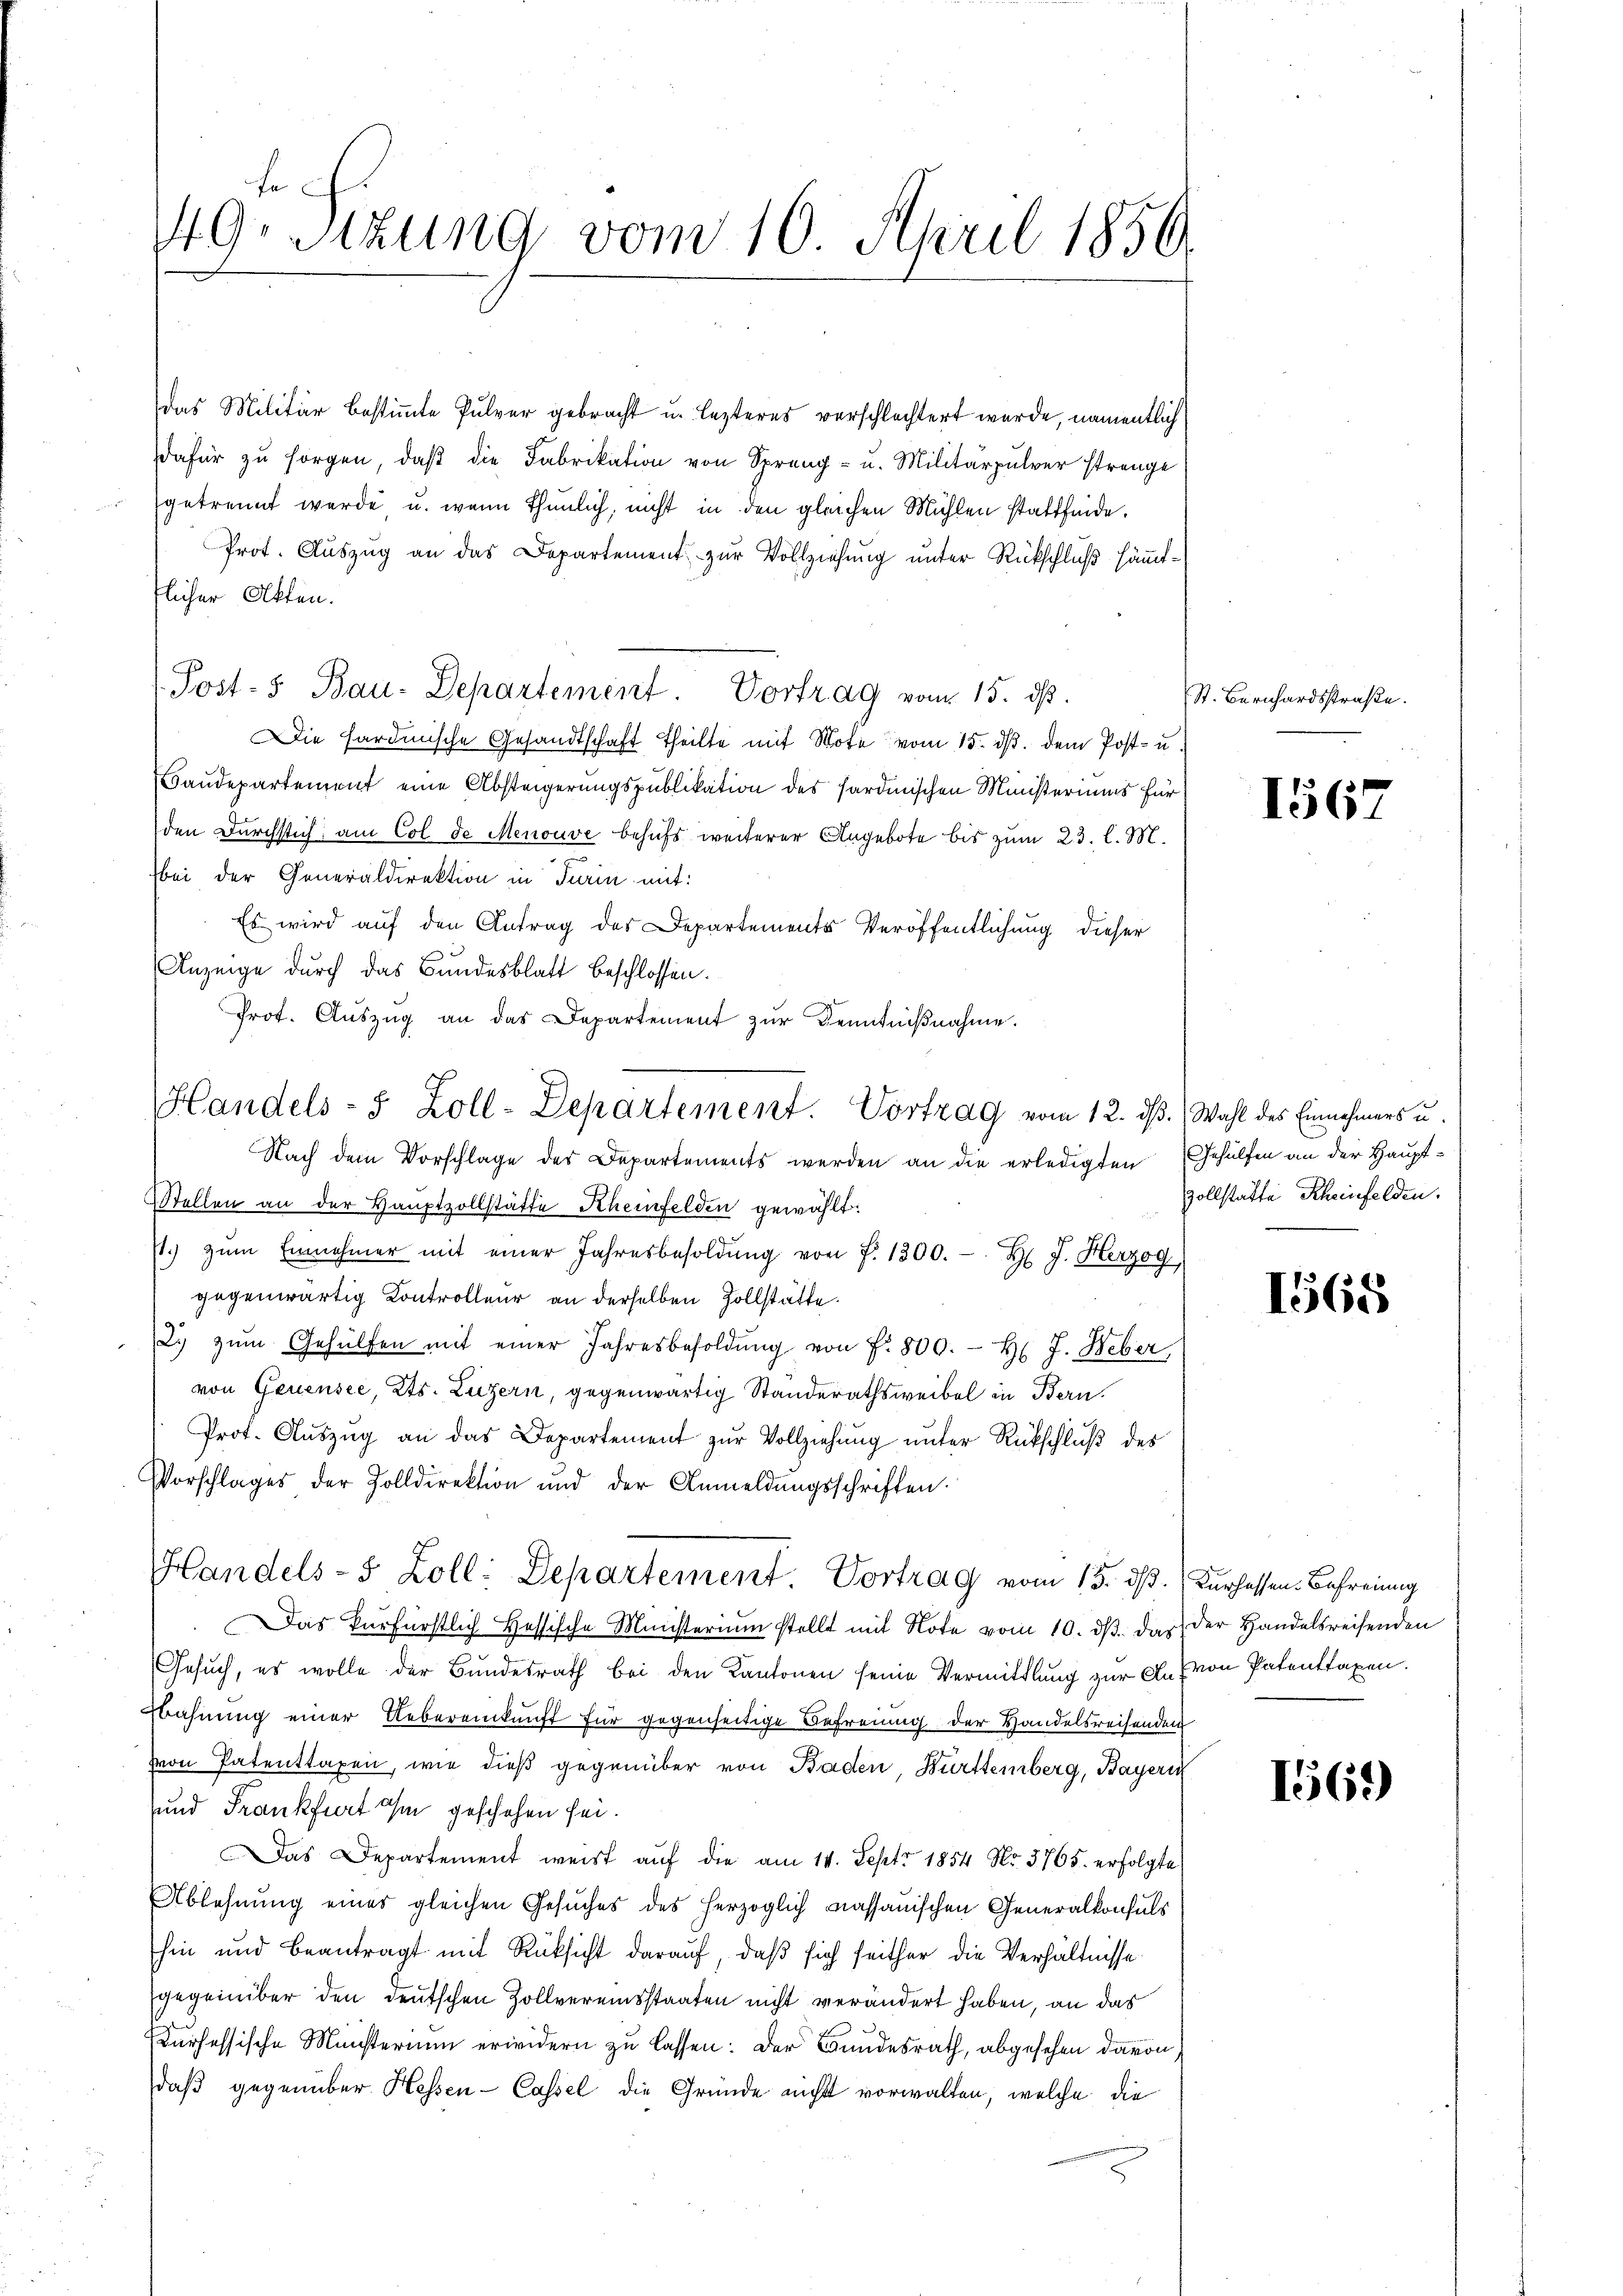
f
.
9 Stzung vom 10. April 1830

Handels- 5 Zoll-Departement. Vortrag vom 12. ds. Wahl des Einnehmers u.

das Militär bestimmte Pulver gebracht u. lezteres verschlechtert wurde, namentlich
dafür zŭ sorgen, daβ die Fabrikation von Spreng- u. Militärpulver strenge
getrennt werde, u. wenn thunlich, nicht in den gleichen Mühlen stattfinde.
Prot. Aŭszŭg an das Departement zŭr Vollziehŭng ŭnter Rückschlŭβ säṁt-
tlicher Akten.
Post-5 Bau-Departement. Vortrag vom 15. ds.
Die Hardinische Gesandtschaft Theilte mit Note vom 15. ds. dem Post- u.
Baudepartement eine Absteigerungspublikation des Sardinischen Ministeriums für
den Durchstich am Col de Menouve behufs weiterer Angebote bis zum 23. l. M.
bei der Generaldirektion in Turin mit:
Es wird auf den Antrag des Departements Veröffentlichung dieser
Anzeige durch das Bundesblatt beschlossen.
Prot. Aŭszŭg an das Departement zŭr Kenntnißnahme.
Nach dem Vorschlage des Departements werden an die erledigten Gehülfen an der Haupt¬
Stellen an der Hauptzollstätte Scheinfelden gewählt:
t. zŭm Einnehmer mit einer Jahresbesoldŭng von P. 1300.- H J. Herzog,
gegenwärtig Kontrolleur an derselben Zollstätte.
2. zŭm Gehülfen mit einer Jahresbesoldŭng von f. 800.- H. J. Heber,
von Genensee, Kts. Luzern, gegenwärtig Standerathsweibel in Bern.
Prot. Aŭszŭg an das Departement zŭr Vollziehŭng ŭnter Rückschlŭβ des
Vorschlages der Zolldirektion und der Anmeldŭngsschriften.
Handels- 5 Zoll: Departement Vortrag vom 15. ds. Kurhessen. Befreiung
Das Verfürstlich Hessische Ministerium stellt mit Note vom 10. ds. das der Handelsreisenden
Gesuch, es wolle der Bundesrath bei den Kantonen seine Vermittlung zur An (von Patenttaxen.
Bahnung einer Uebereinkunft für gegenseitige Befreiung der Handelsreisenden
von Patenttaxen, wie dieß gegenüber von Baden, Bürttemberg, Bayeri
und Frankfurt ihm geschehen sei.
Das Departement weist auf die am 14. Sept. 1854 No. 3765. erfolgte
Ablehnung eines gleichen Gesuches des herzoglich nassauischen Generalkonsuls
hin und beantragt mit Rücksicht darauf, daß sich seither die Verhältnisse
gegenüber den deutschen Zollvereinsstaaten nicht verändert haben, an das
urhessische Münsterium erwidern zu lassen: Der Bundesrath, abgesehen davon
daß gegenüber Hessen-Cassel die Gründe nicht vorwalten, welche die

St. Bernhardsstraße.

1567

zollstatte Rheinfelden.

1568

169)